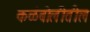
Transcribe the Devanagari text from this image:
कळंबोलीतील